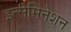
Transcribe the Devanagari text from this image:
इन्सेमिनेशन